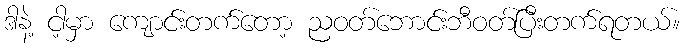
ဒါနဲ့ ငါ့မှာ ကျောင်းတက်တော့ ညဝတ်ဘောင်းဘီဝတ်ပြီးတက်ရတယ်။